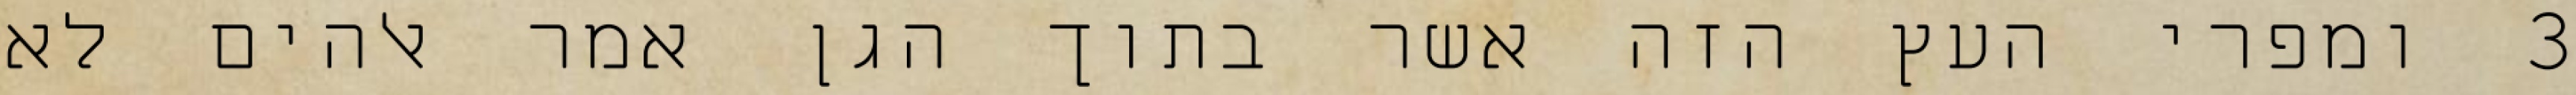
‎3‏ ומפרי העץ הזה אשר בתוך הגן אמר אלהים לא